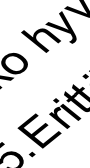
. E h y